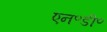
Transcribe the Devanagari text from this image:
एन॰डी॰